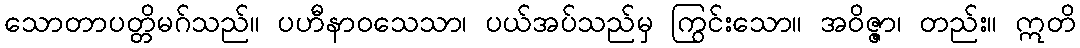
သောတာပတ္တိမဂ်သည်။ ပဟီနာဝသေသာ၊ ပယ်အပ်သည်မှ ကြွင်းသော။ အဝိဇ္ဇာ၊ တည်း။ ဣတိ